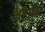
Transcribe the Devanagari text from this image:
भड़ाना